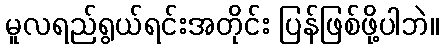
မူလရည်ရွယ်ရင်းအတိုင်း ပြန်ဖြစ်ဖို့ပါဘဲ။